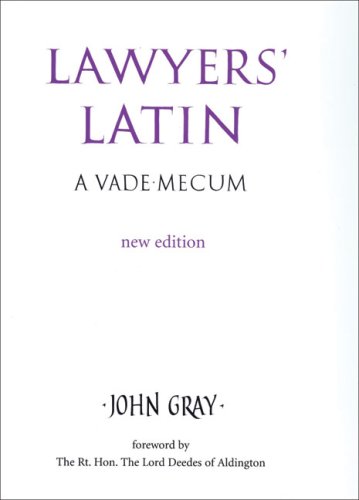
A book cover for Lawyers' Latin: A Vade-Mecum; John Gray; Law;